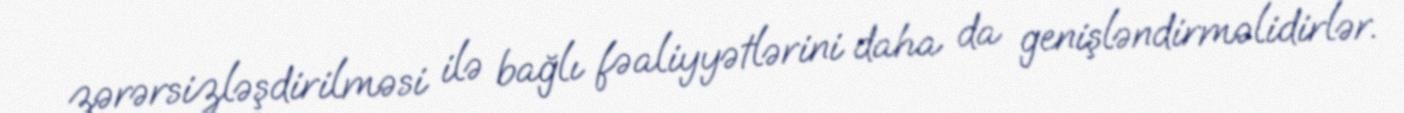
zərərsizləşdirilməsi ilə bağlı fəaliyyətlərini daha da genişləndirməlidirlər.